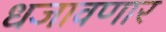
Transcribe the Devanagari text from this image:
धजावणार